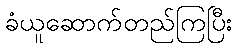
ခံယူဆောက်တည်ကြပြီး